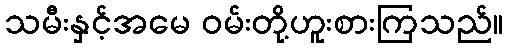
သမီးနှင့်အမေ ဝမ်းတို့ဟူးစားကြသည်။